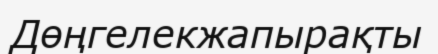
Дөңгелекжапырақты